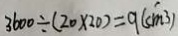
3 6 0 0 \div ( 2 0 \times 2 0 ) = 9 ( c m ^ { 3 } )